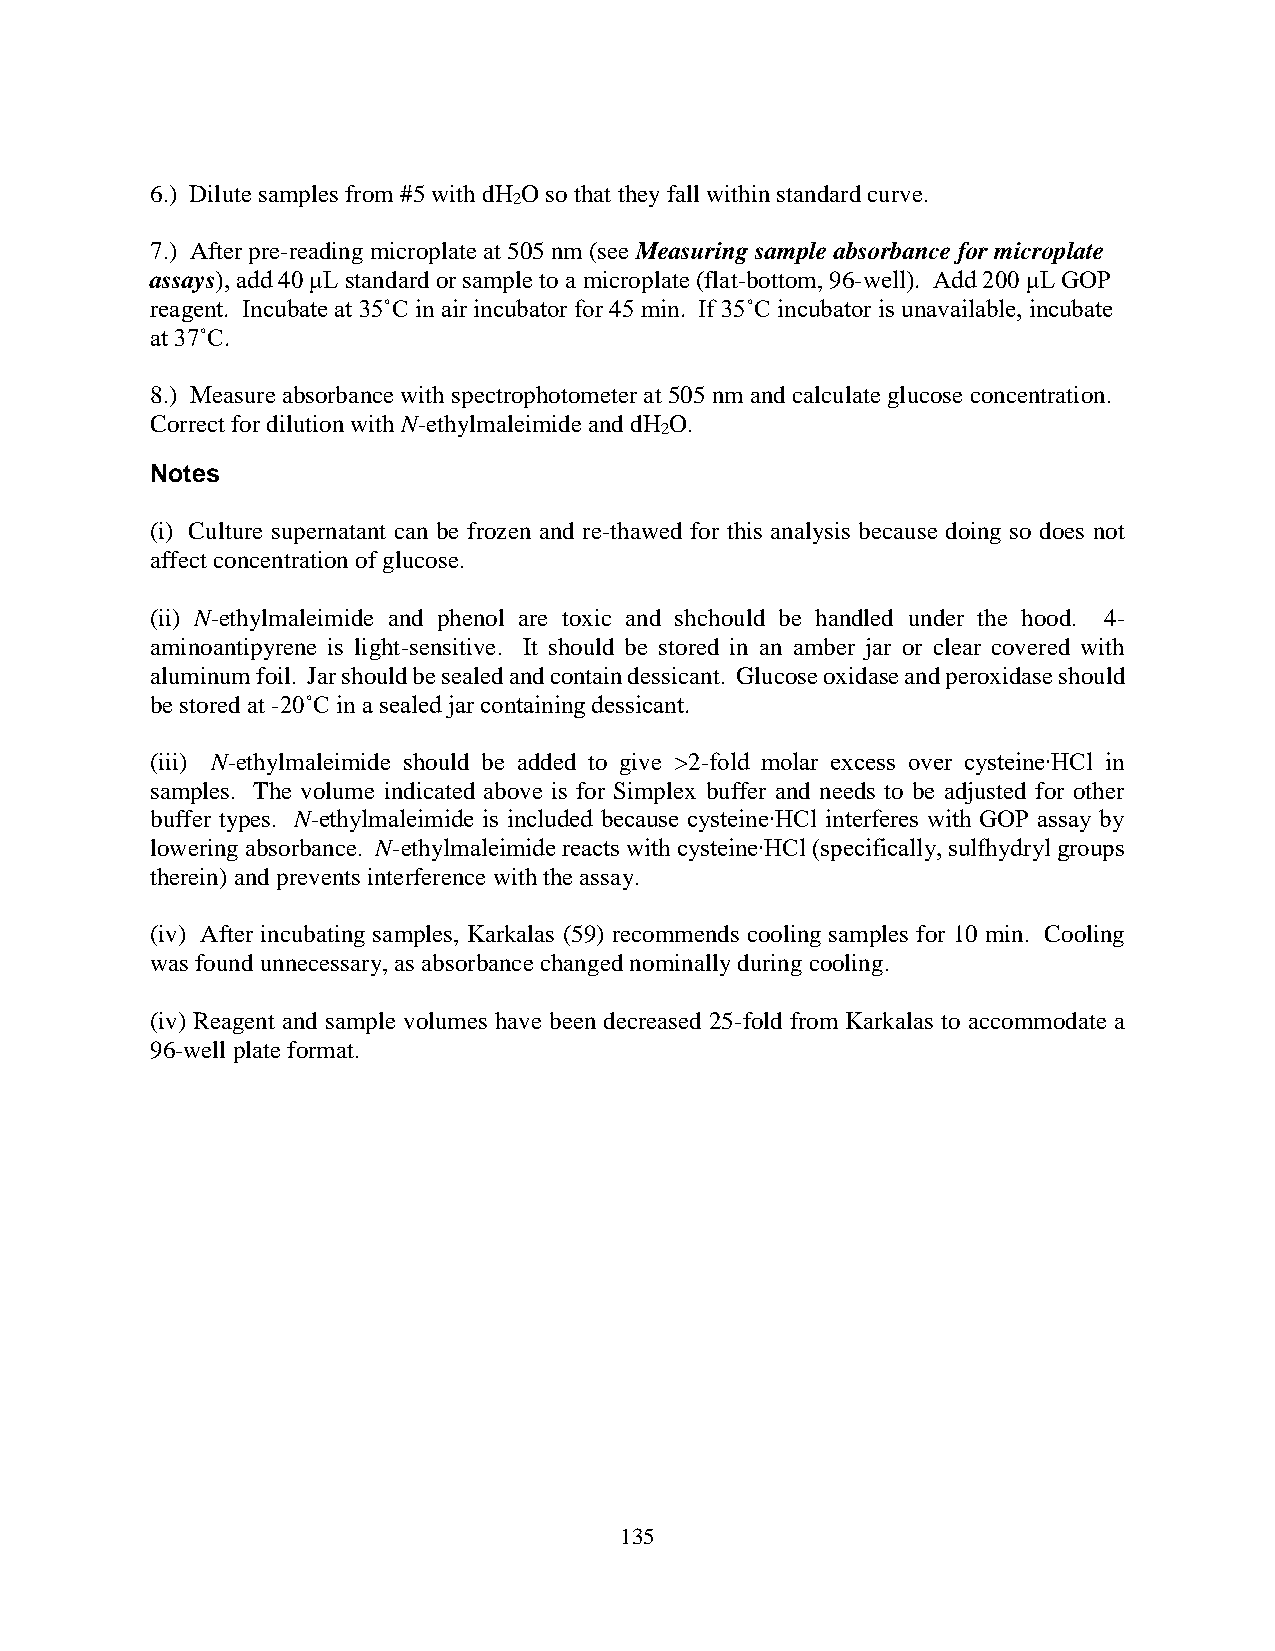
6.) Dilute samples from #5 with dH O so that they fall within standard curve.
 2
 7.) After pre-reading microplate at 505 nm (see Measuring sample absorbance for microplate
 assays), add 40 μL standard or sample to a microplate (flat-bottom, 96-well). Add 200 μL GOP
 reagent. Incubate at 35˚C in air incubator for 45 min. If 35˚C incubator is unavailable, incubate
 at 37˚C.
 8.) Measure absorbance with spectrophotometer at 505 nm and calculate glucose concentration.
 Correct for dilution with N-ethylmaleimide and dH O.
 2
 Notes
 (i) Culture supernatant can be frozen and re-thawed for this analysis because doing so does not
 affect concentration of glucose.
 (ii) N-ethylmaleimide and phenol are toxic and shchould be handled under the hood. 4-
 aminoantipyrene is light-sensitive. It should be stored in an amber jar or clear covered with
 aluminum foil. Jar should be sealed and contain dessicant. Glucose oxidase and peroxidase should
 be stored at -20˚C in a sealed jar containing dessicant.
 (iii) N-ethylmaleimide should be added to give >2-fold molar excess over cysteine∙HCl in
 samples. The volume indicated above is for Simplex buffer and needs to be adjusted for other
 buffer types. N-ethylmaleimide is included because cysteine∙HCl interferes with GOP assay by
 lowering absorbance. N-ethylmaleimide reacts with cysteine∙HCl (specifically, sulfhydryl groups
 therein) and prevents interference with the assay.
 (iv) After incubating samples, Karkalas (59) recommends cooling samples for 10 min. Cooling
 was found unnecessary, as absorbance changed nominally during cooling.
 (iv) Reagent and sample volumes have been decreased 25-fold from Karkalas to accommodate a
 96-well plate format.
 135